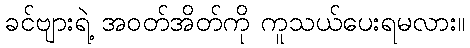
ခင်ဗျားရဲ့ အဝတ်အိတ်ကို ကူသယ်ပေးရမလား။